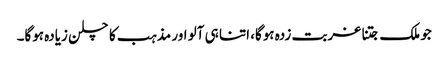
جو ملک جتنا غربت زدہ ہوگا، اتنا ہی آلو اور مذہب کا چلن زیادہ ہوگا۔